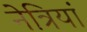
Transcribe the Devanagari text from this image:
नेत्रियां